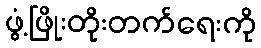
ဖွံ့ဖြိုးတိုးတက်ရေးကို